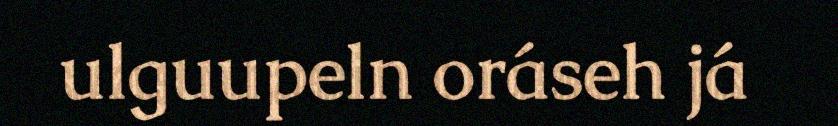
ulguupeln oráseh já